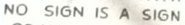
NO SIGN IS A SIGN